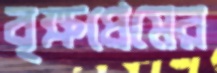
বৃক্ষপ্রেমের